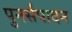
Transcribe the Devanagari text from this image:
पुनर्संपादन